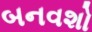
બનવશો